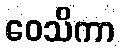
ဝေသိကာ